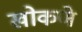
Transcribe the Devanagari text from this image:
खोकणे